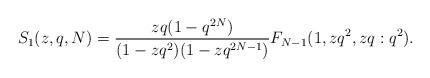
LaTeX: \begin{align*}S_1(z, q, N)=\frac{zq(1-q^{2N})}{(1-zq^2)(1-zq^{2N-1})}F_{N-1}(1,zq^2,zq:q^2).\end{align*}